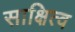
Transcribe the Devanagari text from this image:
साक्षित्व